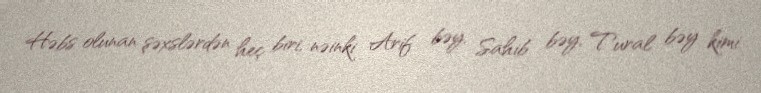
Həbs olunan şəxslərdən heç biri, nəinki Arif bəy, Sahib bəy, Tural bəy kimi